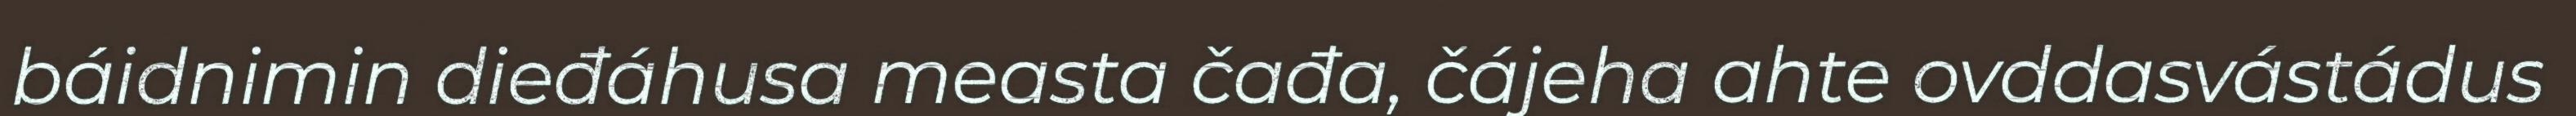
báidnimin dieđáhusa measta čađa, čájeha ahte ovddasvástádus